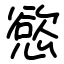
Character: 慾